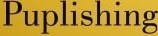
Puplishing